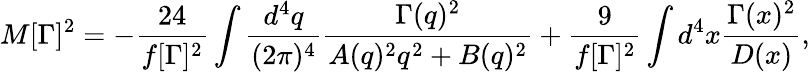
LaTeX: M[\Gamma]^{2}=-\frac{24}{f[\Gamma]^{2}}\int\frac{d^{4}q}{(2\pi)^{4}}\frac{\Gamma(q)^{2}}{A(q)^{2}q^{2}+B(q)^{2}}+\frac{9}{f[\Gamma]^{2}}\int d^{4}x\frac{\Gamma(x)^{2}}{D(x)},